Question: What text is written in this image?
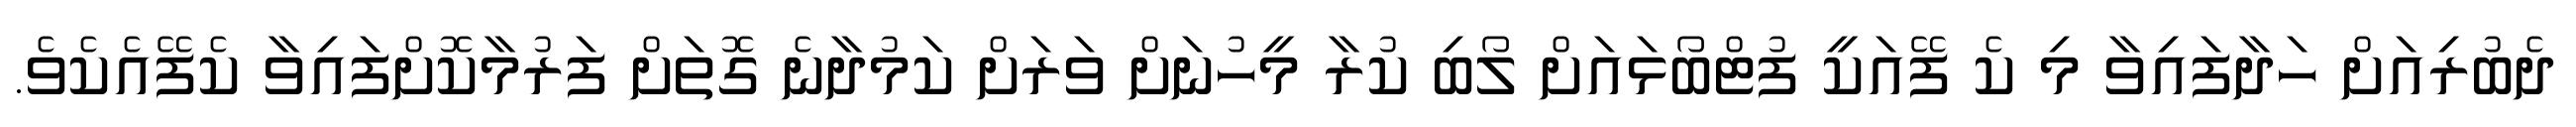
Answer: ދެބުރިއަށް ހަދާފައިވާ މި ކެ ފޭއަކީ ފުޓްބޯޅައަށް ލޯބި ކުރާ މީހުނަށް ވަރަށް ކަމުދާނެ ގޮތަށް ފަރުމާކޮށްފައިވާ ކެފޭއެކެވެ.